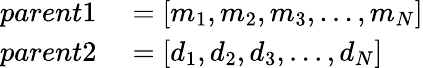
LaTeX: \begin{array}{rl}{parent1}&{{}=[m_{1},m_{2},m_{3},...,m_{N}]}\\ {parent2}&{{}=[d_{1},d_{2},d_{3},...,d_{N}]}\end{array}